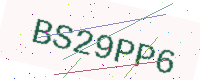
Text: BS29PP6